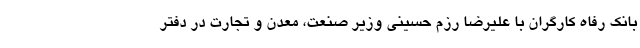
بانک رفاه کارگران با علیرضا رزم حسینی وزیر صنعت، معدن و تجارت در دفتر